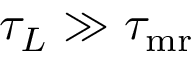
\tau _ { L } \gg \tau _ { \mathrm { m r } }